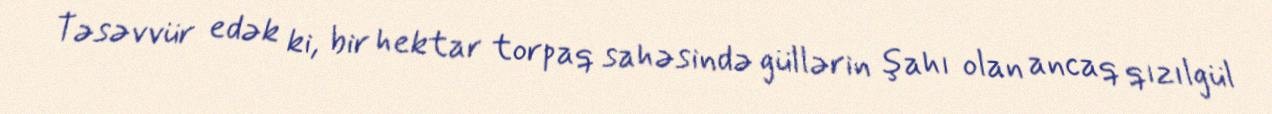
Təsəvvür edək ki, bir hektar torpaq sahəsində güllərin şahı olan ancaq qızılgül